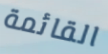
القائمة